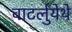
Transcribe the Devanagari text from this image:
वाटर्लुयेथे